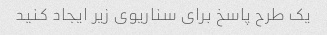
یک طرح پاسخ برای سناریوی زیر ایجاد کنید